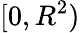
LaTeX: [0,R^{2})